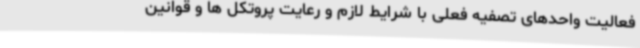
فعالیت واحدهای تصفیه فعلی با شرایط لازم و رعایت پروتکل ها و قوانین